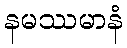
နမဿမာနံ